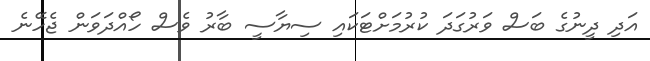
އަދި ދީނުގެ ބަސް ވަރުގަދަ ކުރުމަށްޓަކައި ސިޔާސީ ބާރު ވެސް ހޯއްދަވަން ޖެހޭނެ